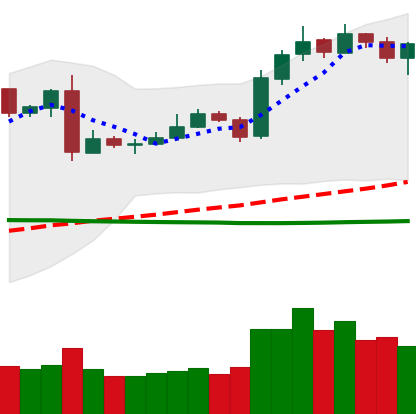
Ticker: LTC-USD
Chart end date: 2019-03-12
Forward return: 7.451%
Label: up_7plus